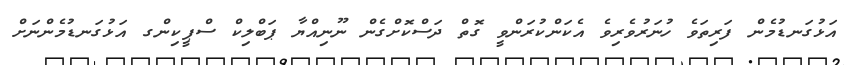
އަޅުގަނޑުމެން ފަރިތަވެ ހުނަރުވެރިވެ އެކަންކުރަންވީ ގޮތް ދަސްކޮށްގެން ނޫނިއްޔާ ޕަބްލިކް ސްޕީކިންގ އަޅުގަނޑުމެންނަށް